Vaccination in Bombay 1863-1868 - 1863-1868
Year: 1863
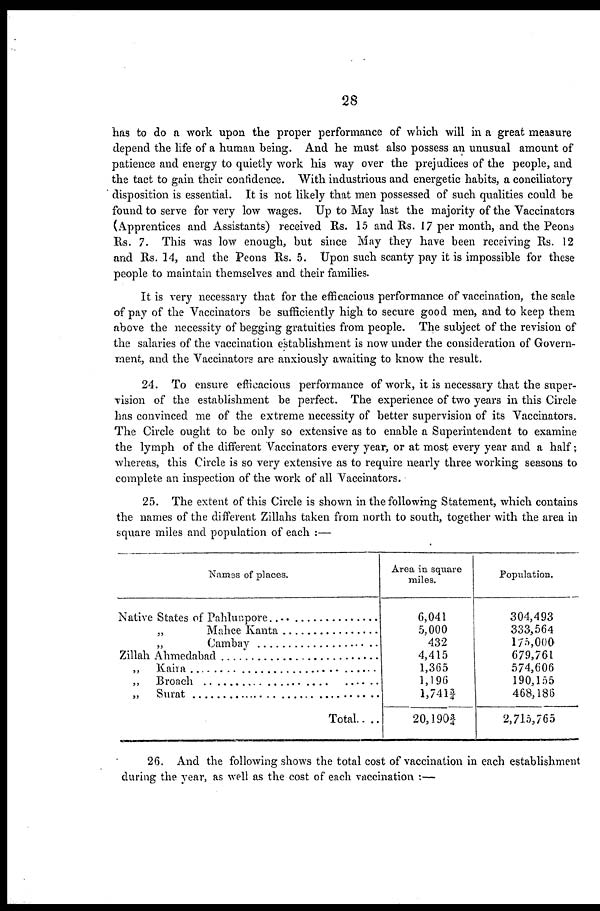
28
has to do a work upon the proper performance of which will in a great measure
depend the life of a human being. And he must also possess an unusual amount of
patience and energy to quietly work his way over the prejudices of the people, and
the tact to gain their confidence. With industrious and energetic habits, a conciliatory
disposition is essential. It is not likely that men possessed of such qualities could be
found to serve for very low wages. Up to May last the majority of the Vaccinators
(Apprentices and Assistants) received Rs. 15 and Rs. 17 per month, and the Peons
Rs. 7. This was low enough, but since May they have been receiving Rs. 12
and Rs. 14, and the Peons Rs. 5. Upon such scanty pay it is impossible for these
people to maintain themselves and their families.
It is very necessary that for the efficacious performance of vaccination, the scale
of pay of the Vaccinators be sufficiently high to secure good men, and to keep them
above the necessity of begging gratuities from people. The subject of the revision of
the salaries of the vaccination establishment is now under the consideration of Govern-
ment, and the Vaccinators are anxiously awaiting to know the result.
24. To ensure efficacious performance of work, it is necessary that the super-
vision of the establishment be perfect. The experience of two years in this Circle
has convinced me of the extreme necessity of better supervision of its Vaccinators.
The Circle ought to be only so extensive as to enable a Superintendent to examine
the lymph of the different Vaccinators every year, or at most every year and a half;
whereas, this Circle is so very extensive as to require nearly three working seasons to
complete an inspection of the work of all Vaccinators.
25. The extent of this Circle is shown in the following Statement, which contains
the names of the different Zillahs taken from north to south, together with the area in
square miles and population of each :—
Names of places.
Native States of Pahlunpore...................
„ Mahee Kanta ...............
„ Cambay ......................
Zillah Ahmedabad .................................
„ Kaira ...........................................
„ Broach ........................................
„ Surat ............................................
Total....
Area in square
miles.
6,041
5,000
432
4,415
1,365
1,196
1,741¾
20, 190 ¾
Population.
304,493
333,564
175,000
679,761
574,606
190,155
468,186
2,715,765
26. And the following shows the total cost of vaccination in each establishment
during the year, as well as the cost of each vaccination :—